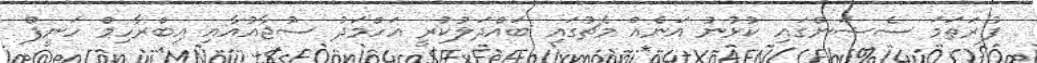
ފުރަތަމަ ސެޝަންގައި ކުޅުނު އަނެއް މެޗުގައި ބައްދަލުކުރީ އަހްމަދު ސުޖާއުއާއި އިބްރާހިމް ހަނީފް